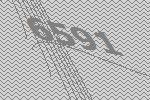
6591